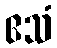
ဧသံ